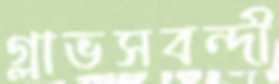
গ্লাভসবন্দী